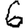
Digit: 6